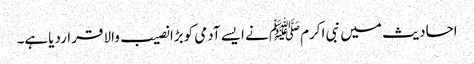
احادیث میں نبی اکرمﷺ نے ایسے آدمی کوبڑا نصیب والا قراردیاہے۔